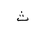
Letter: _tha